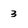
Character: 3